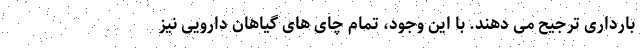
بارداری ترجیح می دهند. با این وجود، تمام چای های گیاهان دارویی نیز